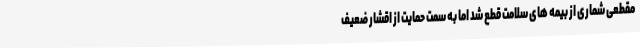
مقطعی شماری از بیمه های سلامت قطع شد اما به سمت حمایت از اقشار ضعیف